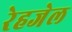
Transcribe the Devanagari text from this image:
रेहजेल